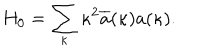
LaTeX: H _ { 0 } = \sum _ { \kappa } \kappa ^ { 2 } \overline { { { a } } } ( \kappa ) a ( \kappa ) .